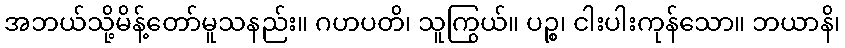
အဘယ်သို့မိန့်တော်မူသနည်း။ ဂဟပတိ၊ သူကြွယ်။ ပဉ္စ၊ ငါးပါးကုန်သော။ ဘယာနိ၊